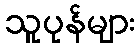
သူပုန်များ